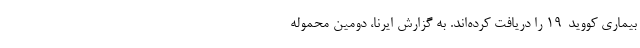
بیماری کووید-۱۹ را دریافت کرده‌اند. به گزارش ایرنا، دومین محموله